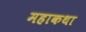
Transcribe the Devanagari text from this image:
महाकथा